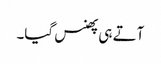
آتے ہی پھنس گیا۔